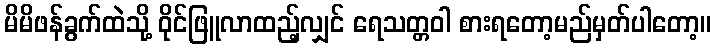
မိမိဖန်ခွက်ထဲသို့ ဝိုင်ဖြူလာထည့်လျှင် ရေသတ္တဝါ စားရတော့မည်မှတ်ပါတော့။